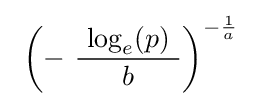
\ \left(-\ {\frac {\ \log _{e}\!\left(p\right)\ }{b}}\right)^{-{\frac {1}{a}}}\